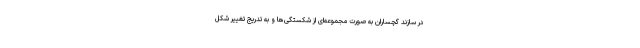
در سازند گچساران به صورت مجموعه‌ای از شکستگی‌ها و به تدریج تغییر شکل